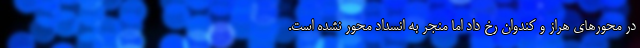
در محورهای هراز و کندوان رخ داد اما منجر به انسداد محور نشده است.